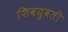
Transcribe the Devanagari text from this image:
शिवयुवती